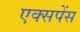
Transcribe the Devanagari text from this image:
एक्सपेंस